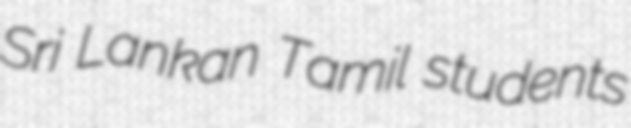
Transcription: Sri Lankan Tamil students